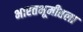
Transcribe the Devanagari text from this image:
भारतभूमीतला